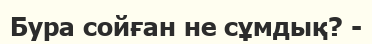
Бура сойған не сұмдық? -